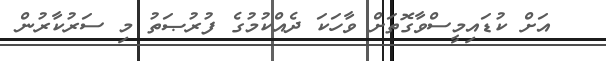
އަށް ކުޑައިމީސްވާގޮތަށް ވާހަކަ ދެއްކުމުގެ ފުރުޞަތު މި ސަރުކާރުން